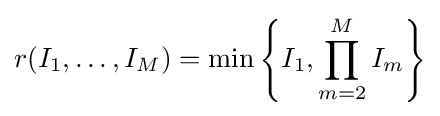
r(I_{1},\ldots ,I_{M})=\min \left\{I_{1},\prod _{m=2}^{M}I_{m}\right\}